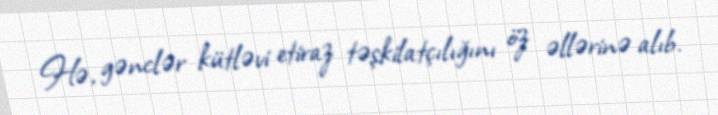
Hə, gənclər kütləvi etiraz təşkilatçılığını öz əllərinə alıb.